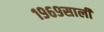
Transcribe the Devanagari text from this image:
१९६९साली